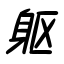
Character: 躯